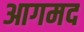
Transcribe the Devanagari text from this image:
आगमद